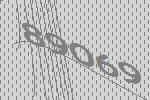
89069